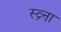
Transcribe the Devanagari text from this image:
स्व्र्ना